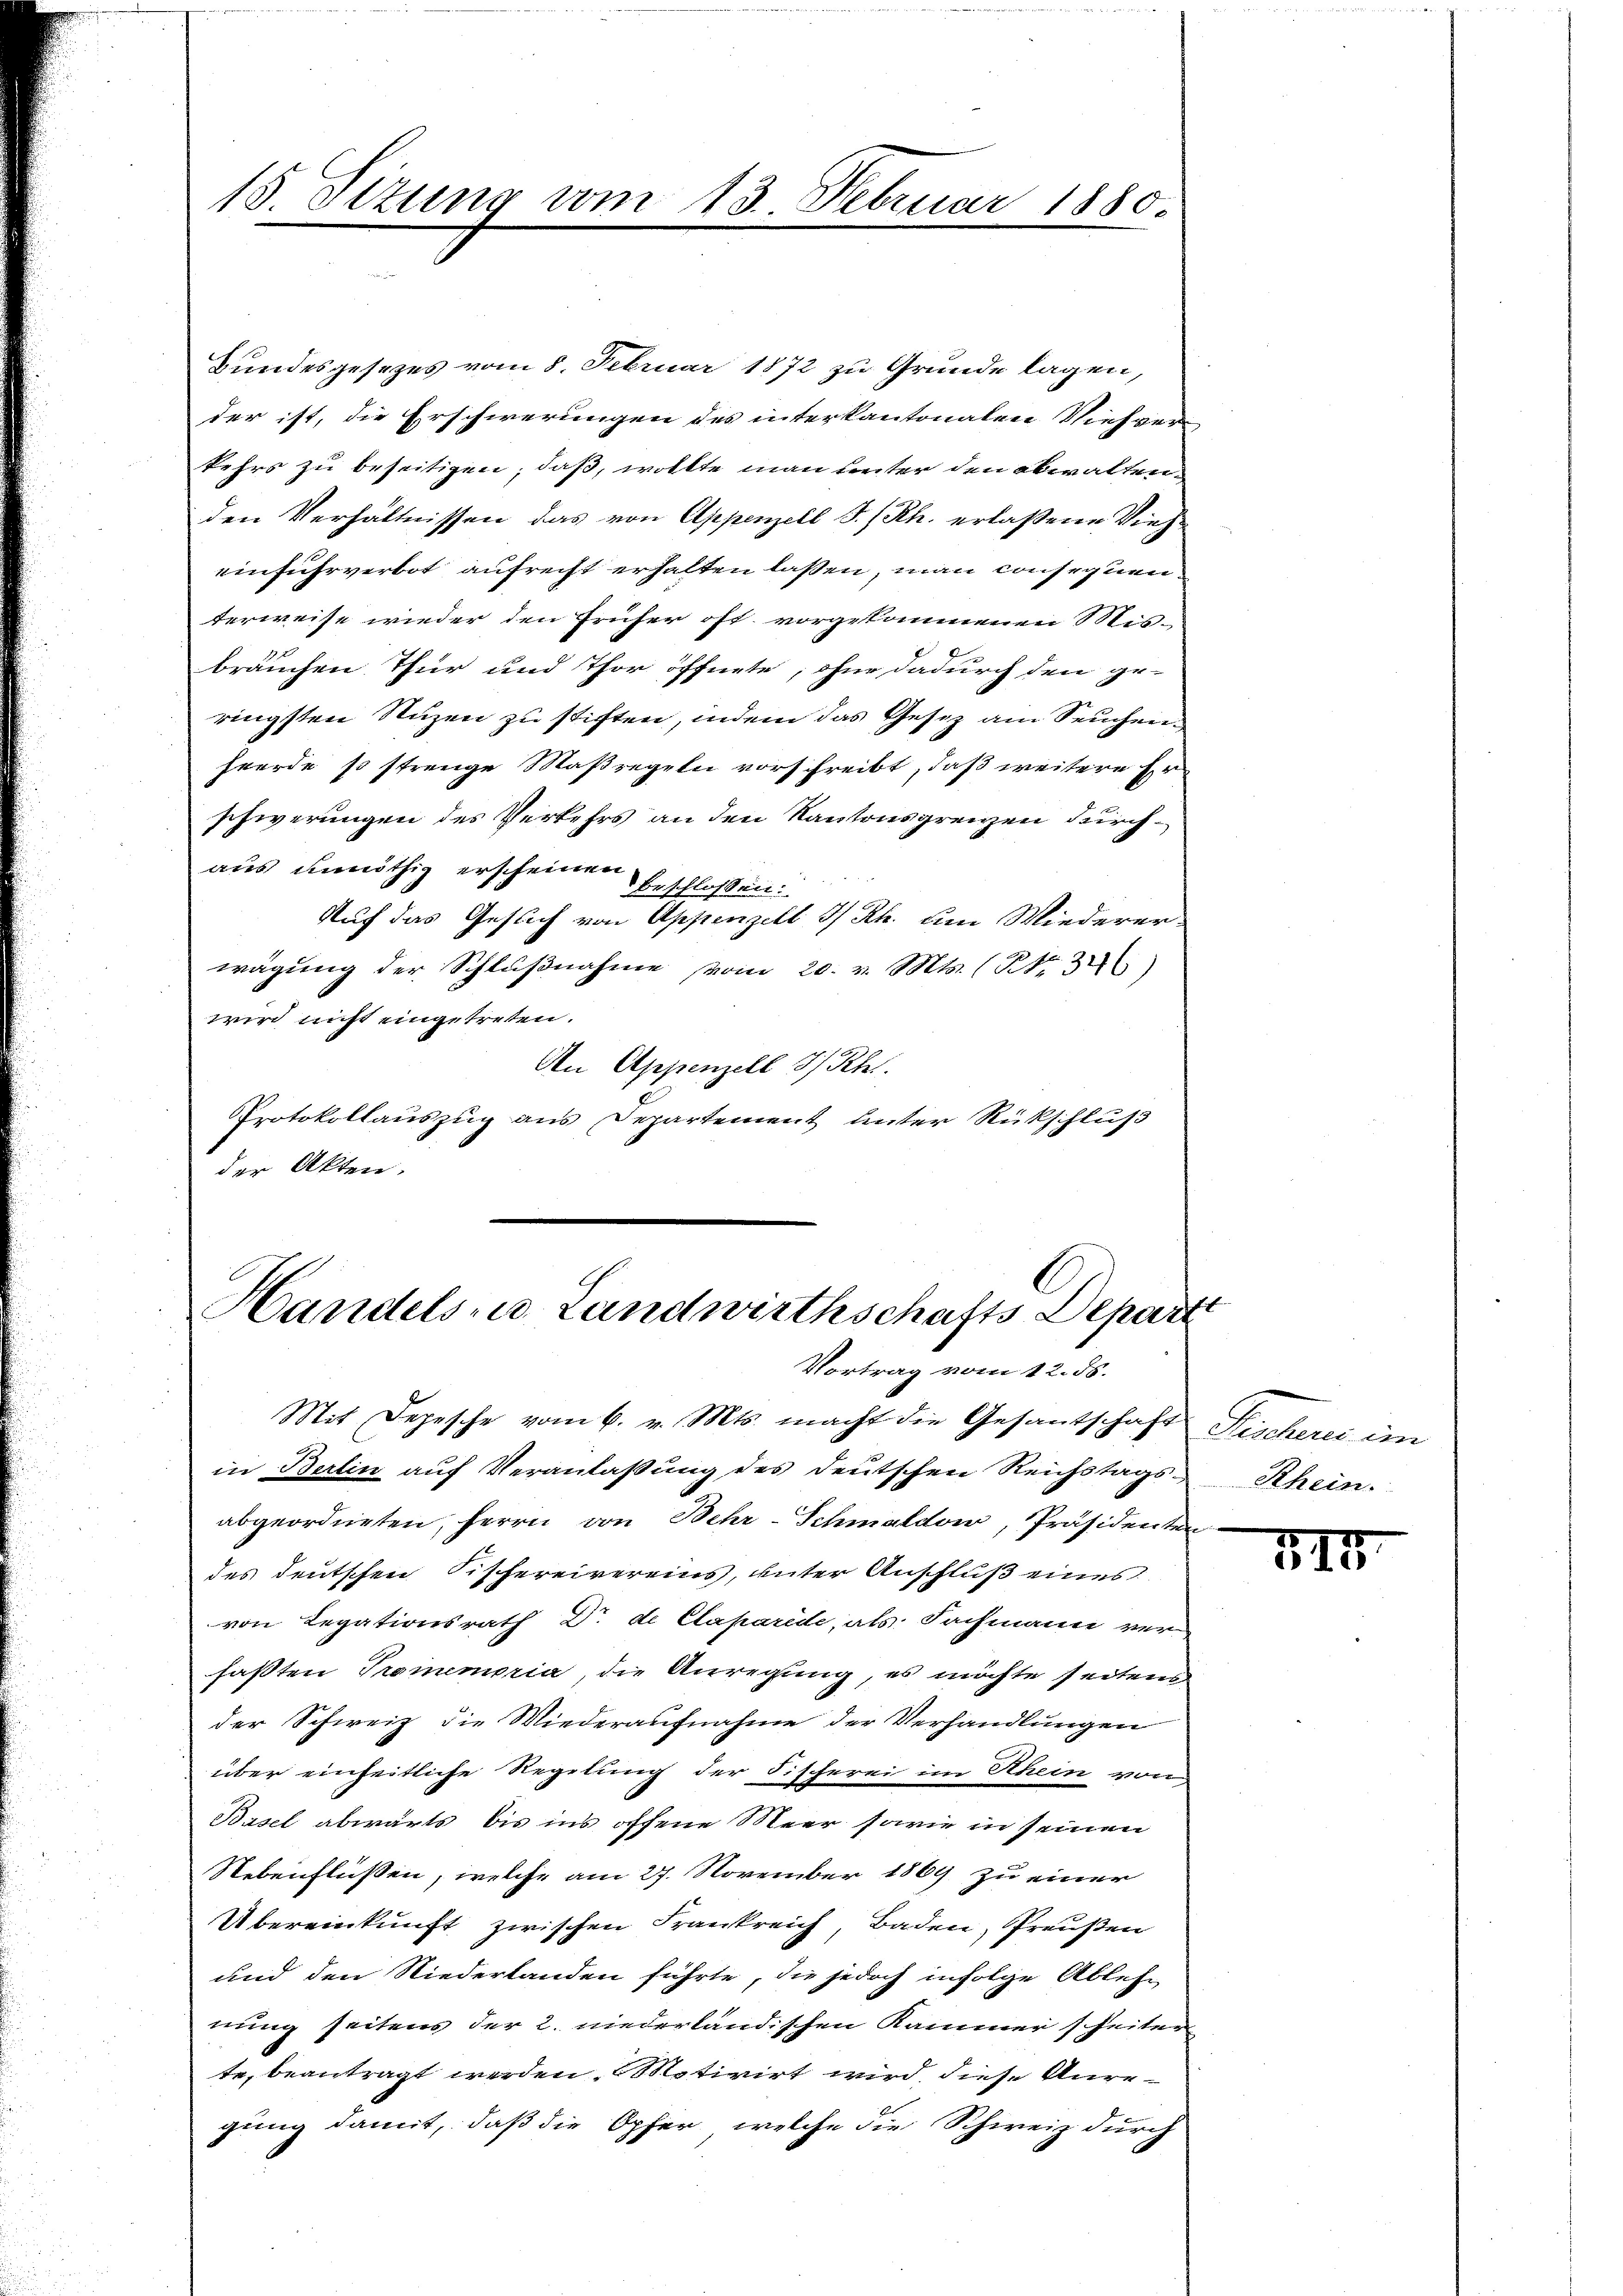
15. Sizung vom 13. Februar 1880.

Bundesgesezes vom 8. Februar 1872 zu Grunde lagen,
der ist, die Erschwerungen des interkantonalen Viehver
kehrs zu beseitigen; daß, wollte man unter den abwaltenden Verhältnissen das von Appenzell I/Rh. erlaßene Vieheinfuhrverbot aufrecht erhalten laßen, man consequen
terweise wieder den früher oft vorgekommenen Mis-
bräuchen Thur und Thor öffnete, ohne dadurch den ge-
ringsten Nuzen zu stiften, indem das Gesetz am Seuchenhwerde so strenge Maßregeln vorschreibt, daß weitere Er
schwerungen des Verkehrs an den Kantonsgrenzen durchaus unnöthig erscheinen.
beschlossen:
Auf das Gesuch von Appenzell I/Rh. um Wiederer
wägung der Schlŭβnahme vom 20. v. Mts. (Nr. 3)
wird nicht eingetreten.
An Appenzell I/Rh.
Protokollauszug aus Departement unter Rückschluß
der Akten.
.

Handels- u. Landwirthschafts Departi
Vortrag vom 12. ds.

Mit Depesche vom 6. v. Mts. macht die Gesantschaft
in Berlin auf Veranlaßung des deutschen Reichstags-Rhein.
abgeordneten, Herrn von Behr-Schmaldow, Präsidenten
des deutschen Sithereivereins, unter Anschluß eines
von Legationsrath Dr. de Claparide, als Fachmann ver
faßten Promemoria, die Anregung, es möchte seitens
der Schweiz die Wiederaufnahme der Verhandlungen
über einheitliche Regelung der Fischerei im Rhein von
Basel abwärts bis ins offene Meer sowie in seinen
Nebenflüßen, welche am 27. November 1869 zu einer
Übereinkunft zwischen Frankreich, Baden, Preußen
und den Niederlanden führte, die jedoch infolge Ablehn
nung seitens der 2. niederländischen Kammer scheiter
te, beantragt werden Motivirt wird, diese Anregung damit, daß die Opfer, welche die Schweiz durch

Pechern im

VII